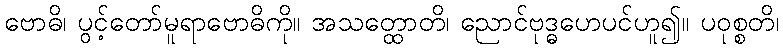
ဗောဓိ၊ ပွင့်တော်မူရာဗောဓိကို။ အသတ္ထောတိ၊ ညောင်ဗုဒ္ဓဟေပင်ဟူ၍။ ပဝုစ္စတိ၊